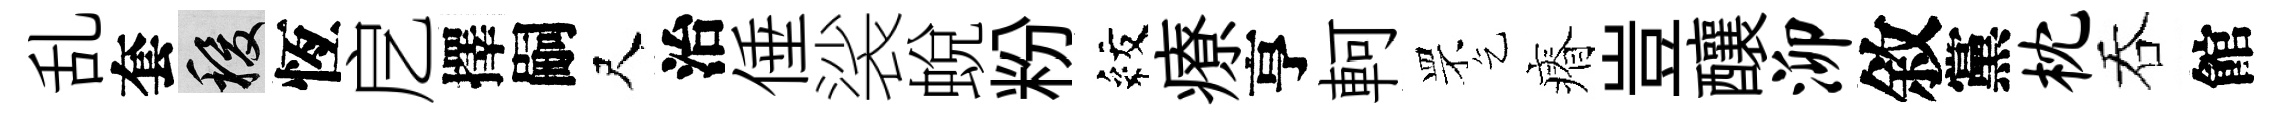
乱套稷恆戹擇嗣尺治倕裟蛻粉紋療亨軻罘乞瘠豈釀泖敘黨枕吞館